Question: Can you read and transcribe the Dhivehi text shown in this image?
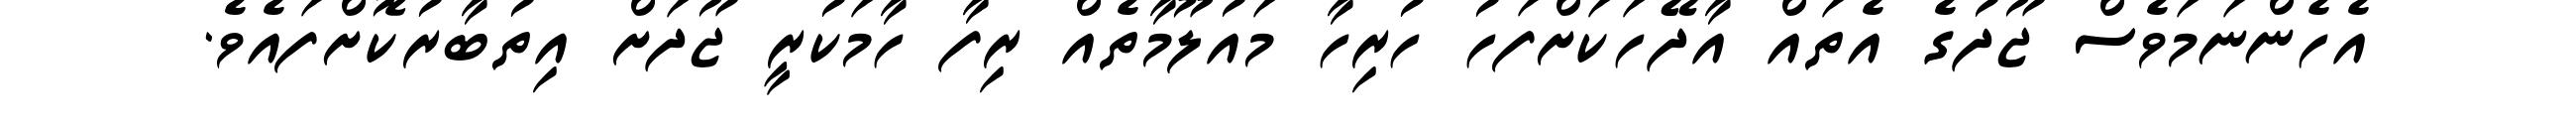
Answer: އެހެންނަމަވެސް ޖޫދުގެ އެތައް އާދޭހަކަށްފަހު ހުރިހާ މައުލޫމާތެއް ރިފާ ހާމަކުރީ ޖޫދަށް އިތުބާރުކޮށްފައެވެ.